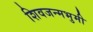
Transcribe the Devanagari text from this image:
शिवजन्मभुमी